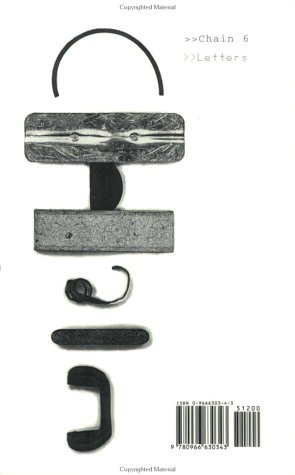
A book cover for Chain 6: letters; Jena Osman; Humor & Entertainment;